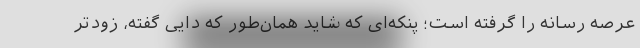
عرصه رسانه را گرفته است؛ پنکه‌ای که شاید همان‌طور که دایی گفته، زودتر